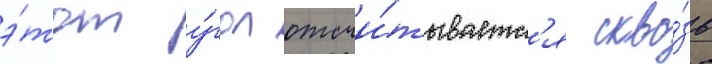
э́тот у́гол отсчи́тываетс'я скво́зь